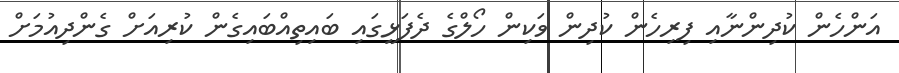
އަންހެން ކުދިންނާއި ފިރިހެން ކުދިން ވަކިން ހޯލްގެ ދެފަޅީގައި ބައިތިއްބައިގެން ކުރިއަށް ގެންދިއުމަށް